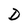
Character: D